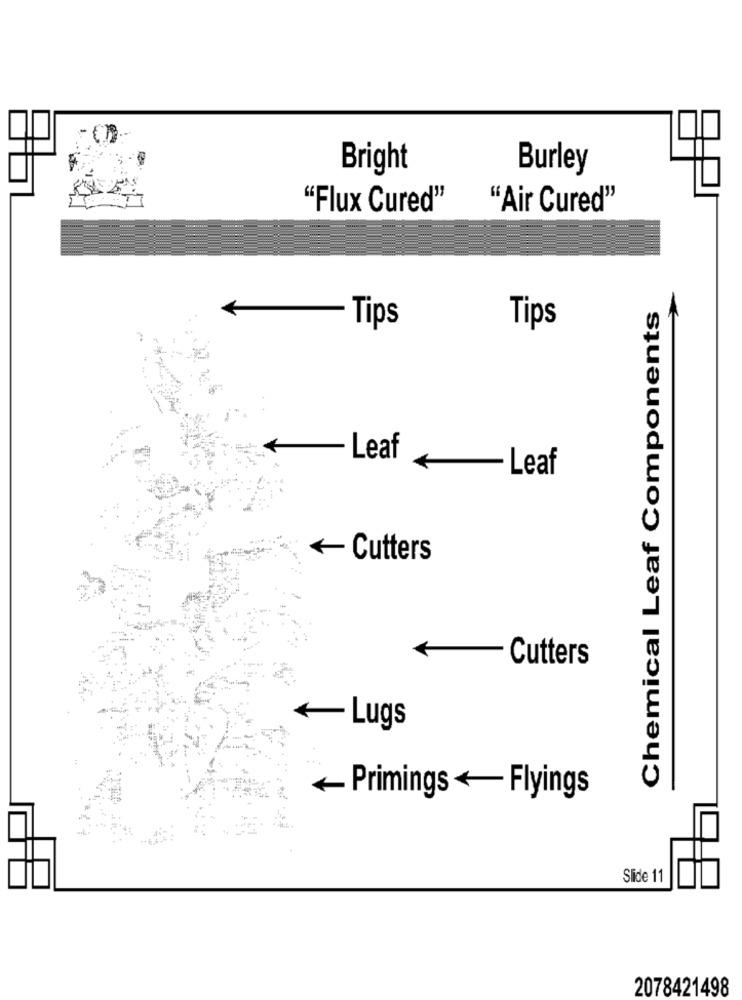
Bright
Burley
"Flux Cured"
"Air Cured"
Chemical Leaf Components
Tips
Tips
Leaf
- Leaf
« Cutters
Cutters
+ Lugs
Primings + Flyings
Slide 11
2078421498